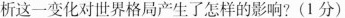
析这一变化对世界格局产生了怎样的影响?(1分)